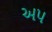
અપ